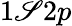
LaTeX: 1\mathscr{S}2p